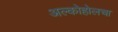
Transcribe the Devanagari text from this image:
अल्कोहोलचा